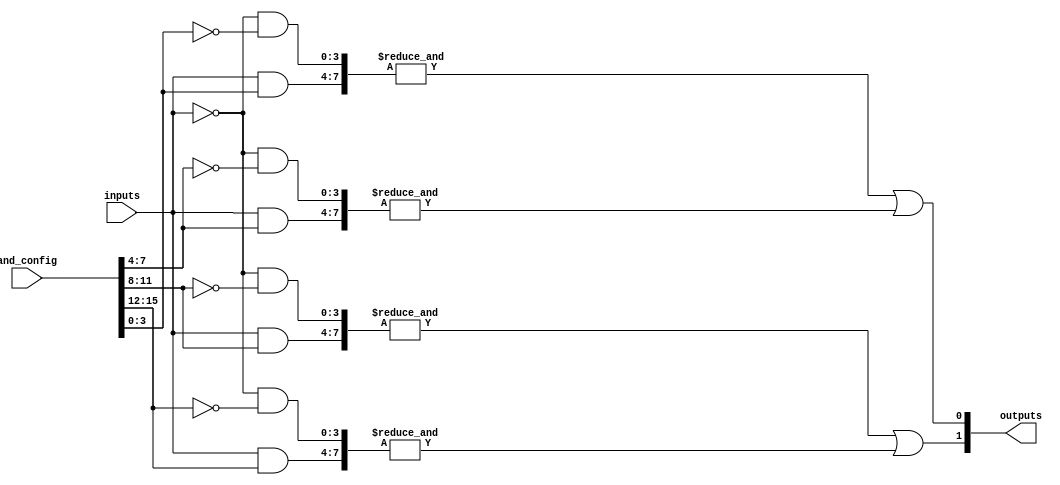
module SPAL #(
    parameter INPUT_WIDTH = 4,  // Number of input signals (A, B, C, D)
    parameter AND_GATE_COUNT = 4, // Number of AND gates
    parameter OR_GATE_COUNT = 2    // Number of OR gates
)(
    input wire [INPUT_WIDTH-1:0] inputs, // Input signals
    input wire [AND_GATE_COUNT*INPUT_WIDTH-1:0] and_config, // Configuration for AND gates
    output reg [OR_GATE_COUNT-1:0] outputs // Output signals (Y1, Y2)
);

// Internal wires for AND gate outputs
wire [AND_GATE_COUNT-1:0] and_outputs;

// Programmable AND array logic
genvar i, j;
generate
    for (i = 0; i < AND_GATE_COUNT; i = i + 1) begin : and_gate
        wire [INPUT_WIDTH-1:0] and_input;
        // Create input signals for the AND gates based on the configuration
        assign and_input = and_config[i*INPUT_WIDTH +: INPUT_WIDTH];
        
        // Generate the AND gate output
        assign and_outputs[i] = &({inputs & and_input, ~inputs & ~and_input}); // Include complement logic if needed
    end
endgenerate

// Fixed OR array logic
always @(*) begin
    outputs = 0; // Reset outputs
    // OR gate logic: Define connection for each OR gate
    outputs[0] = and_outputs[0] | and_outputs[1]; // Y1 = AND0 OR AND1
    outputs[1] = and_outputs[2] | and_outputs[3]; // Y2 = AND2 OR AND3
end

endmodule